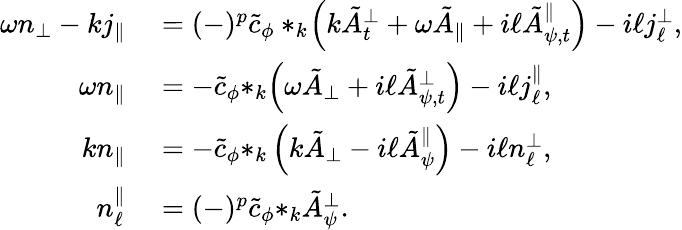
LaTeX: \begin{array}{rl}{\omega{n_{\perp}}-k{j_{\| }}}&{{}=(-)^{p}\tilde{c}_{\phi}*_{k}\! \left(k{\tilde{A}_{t}^{\perp}}+\omega{\tilde{A}_{\| }}+i\ell{\tilde{A}_{\psi,t}^{\| }}\right)-i\ell{j_{\ell}^{\perp}},}\\ {\omega{n}_{\| }}&{{}=-\tilde{c}_{\phi}{*_{k}\! \left(\omega\tilde{A}_{\perp}+i\ell\tilde{A}_{\psi,t}^{\perp}\right)}-i\ell j_{\ell}^{\| },}\\ {k{n_{\| }}}&{{}=-\tilde{c}_{\phi}{*_{k}\left(k\tilde{A}_{\perp}-i\ell\tilde{A}_{\psi}^{\| }\right)}-i\ell{n_{\ell}^{\perp}},}\\ {n_{\ell}^{\| }}&{{}=(-)^{p}\tilde{c}_{\phi}{*_{k}\tilde{A}_{\psi}^{\perp}}.}\end{array}